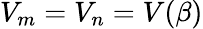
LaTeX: V_{m}=V_{n}=V(\beta)